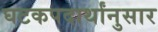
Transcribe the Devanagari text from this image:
घटकपदार्थांनुसार